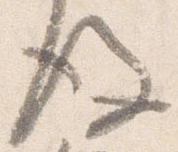
後